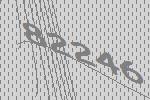
82246